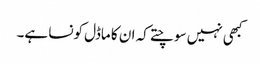
کبھی نہیں سوچتے کہ ان کا ماڈل کونسا ہے۔